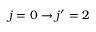
j = 0 \rightarrow j ^ { \prime } = 2